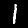
Digit: 1